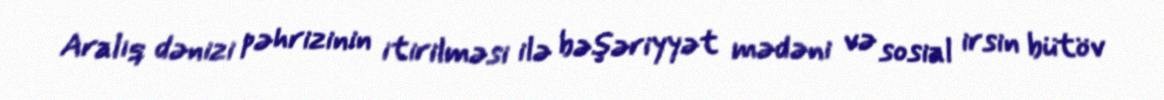
Aralıq dənizi pəhrizinin itirilməsi ilə bəşəriyyət mədəni və sosial irsin bütöv